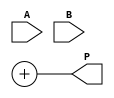
module wallace_tree_multiplier #(parameter A_WIDTH = 8, B_WIDTH = 8)(
    input  [A_WIDTH-1:0] A,
    input  [B_WIDTH-1:0] B,
    output reg [A_WIDTH + B_WIDTH - 1:0] P
);

    // Partial Products Generation
    wire [A_WIDTH * B_WIDTH - 1:0] pp;
    generate
        genvar i, j;
        for (i = 0; i < A_WIDTH; i = i + 1) begin : pp_gen
            for (j = 0; j < B_WIDTH; j = j + 1) begin : pp_gen_inner
                assign pp[i * B_WIDTH + j] = A[i] & B[j];
            end
        end
    endgenerate

    // Wallace Tree Reduction
    wire [A_WIDTH + B_WIDTH - 1:0] stage [0:A_WIDTH + B_WIDTH - 1];
    wire [A_WIDTH + B_WIDTH - 1:0] sum [0:2*A_WIDTH + B_WIDTH - 1];
    wire [2*A_WIDTH + B_WIDTH - 1:0] carry;

    // Initial stage: stage 0 is just the partial products
    generate
        for (i = 0; i < B_WIDTH; i = i + 1) begin
            assign stage[i] = {pp[i], {A_WIDTH{1'b0}}};
        end
    endgenerate

    // Wallace tree aggregation through multiple stages
    integer k;
    initial begin
        for (k = B_WIDTH; k < A_WIDTH + B_WIDTH - 1; k = k + 1) begin
            if (k < 2 * B_WIDTH) begin
                sum[k] = stage[k-1] + stage[k-1 + 1] + stage[k-1 + 2];
                carry[k] = (stage[k-1] & stage[k-1 + 1]) | (carry[k-1] & stage[k-1 + 2]);
            end
            else begin
                sum[k] = stage[k-1] + stage[k-1 + 1];
                carry[k] = stage[k-1 + 1] & stage[k-1 + 2];
            end
        end
    end

    // Final addition of the last two sums
    wire [A_WIDTH + B_WIDTH - 1:0] final_sum;
    wire final_carry;
    
    // A simple adder for the final two results
    assign {final_carry, final_sum} = sum[2*A_WIDTH + B_WIDTH - 1] + sum[2*A_WIDTH + B_WIDTH - 2];

    always @(*) begin
        P = {final_carry, final_sum};
    end

endmodule